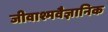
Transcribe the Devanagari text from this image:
जीवाश्मवैज्ञानिक